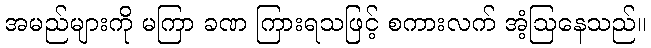
အမည်များကို မကြာ ခဏ ကြားရသဖြင့် စကားလက် အံ့ဩနေသည်။